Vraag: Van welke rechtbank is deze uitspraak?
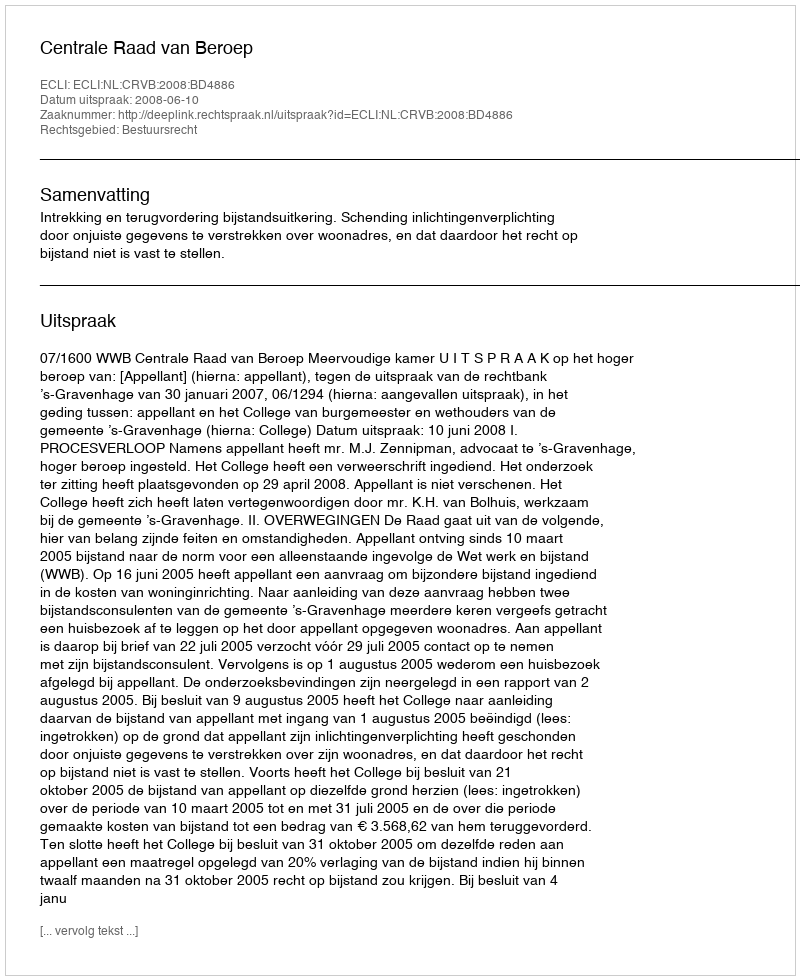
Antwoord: Centrale Raad van Beroep